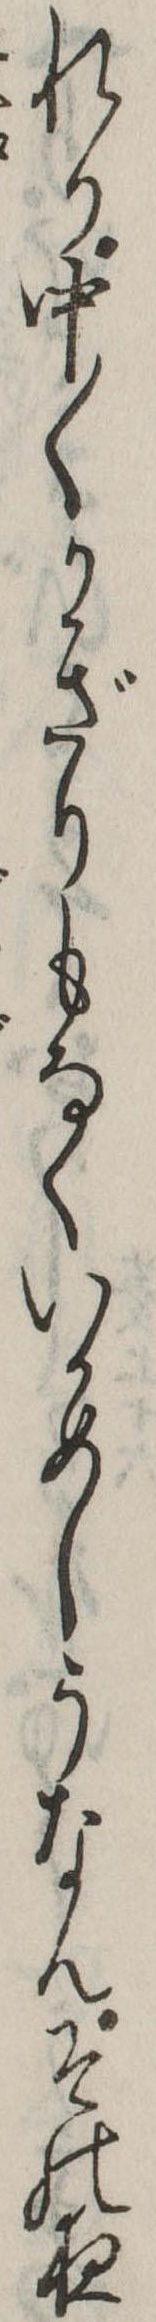
れり中〱かぎりもなくいかめしうなんその夜